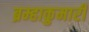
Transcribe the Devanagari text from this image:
ब्रम्हाकुमारी